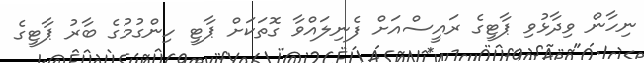
ނިހާން ވިދާޅުވި ޕާޓީގެ ރައީސްއަށް ފެނިލައްވާ ގޮތަކަށް ޕާޓީ ހިންގުމުގެ ބާރު ޕާޓީގެ